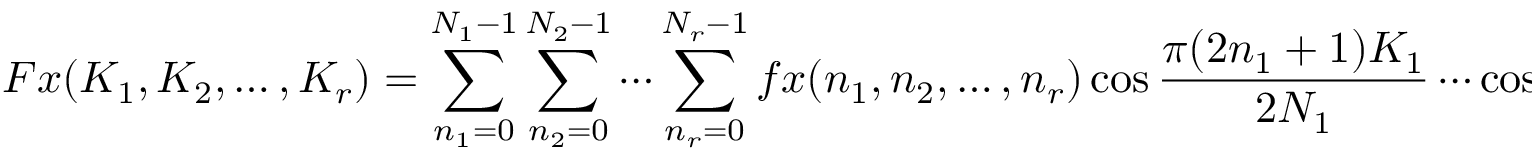
F x ( K _ { 1 } , K _ { 2 } , \ldots , K _ { r } ) = \sum _ { n _ { 1 } = 0 } ^ { N _ { 1 } - 1 } \sum _ { n _ { 2 } = 0 } ^ { N _ { 2 } - 1 } \cdots \sum _ { n _ { r } = 0 } ^ { N _ { r } - 1 } f x ( n _ { 1 } , n _ { 2 } , \ldots , n _ { r } ) \cos { \frac { \pi ( 2 n _ { 1 } + 1 ) K _ { 1 } } { 2 N _ { 1 } } } \cdots \cos { \frac { \pi ( 2 n _ { r } + 1 ) K _ { r } } { 2 N _ { r } } }